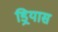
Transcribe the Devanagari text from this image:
ड्रियास